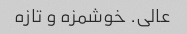
عالی. خوشمزه و تازه